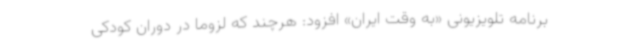
برنامه تلویزیونی «به وقت ایران» افزود: هرچند که لزوما در دوران کودکی